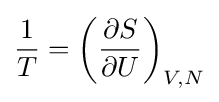
{\frac {1}{T}}=\left({\frac {\partial S}{\partial U}}\right)_{V,N}